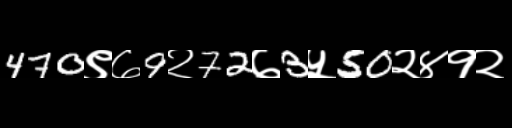
Text: 470९७9२72७3५50२४१२